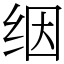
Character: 𬘡